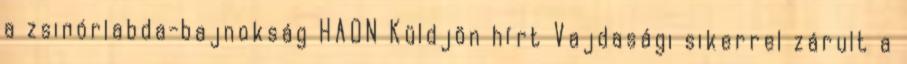
a zsinórlabda-bajnokság HAON Küldjön hírt Vajdasági sikerrel zárult a